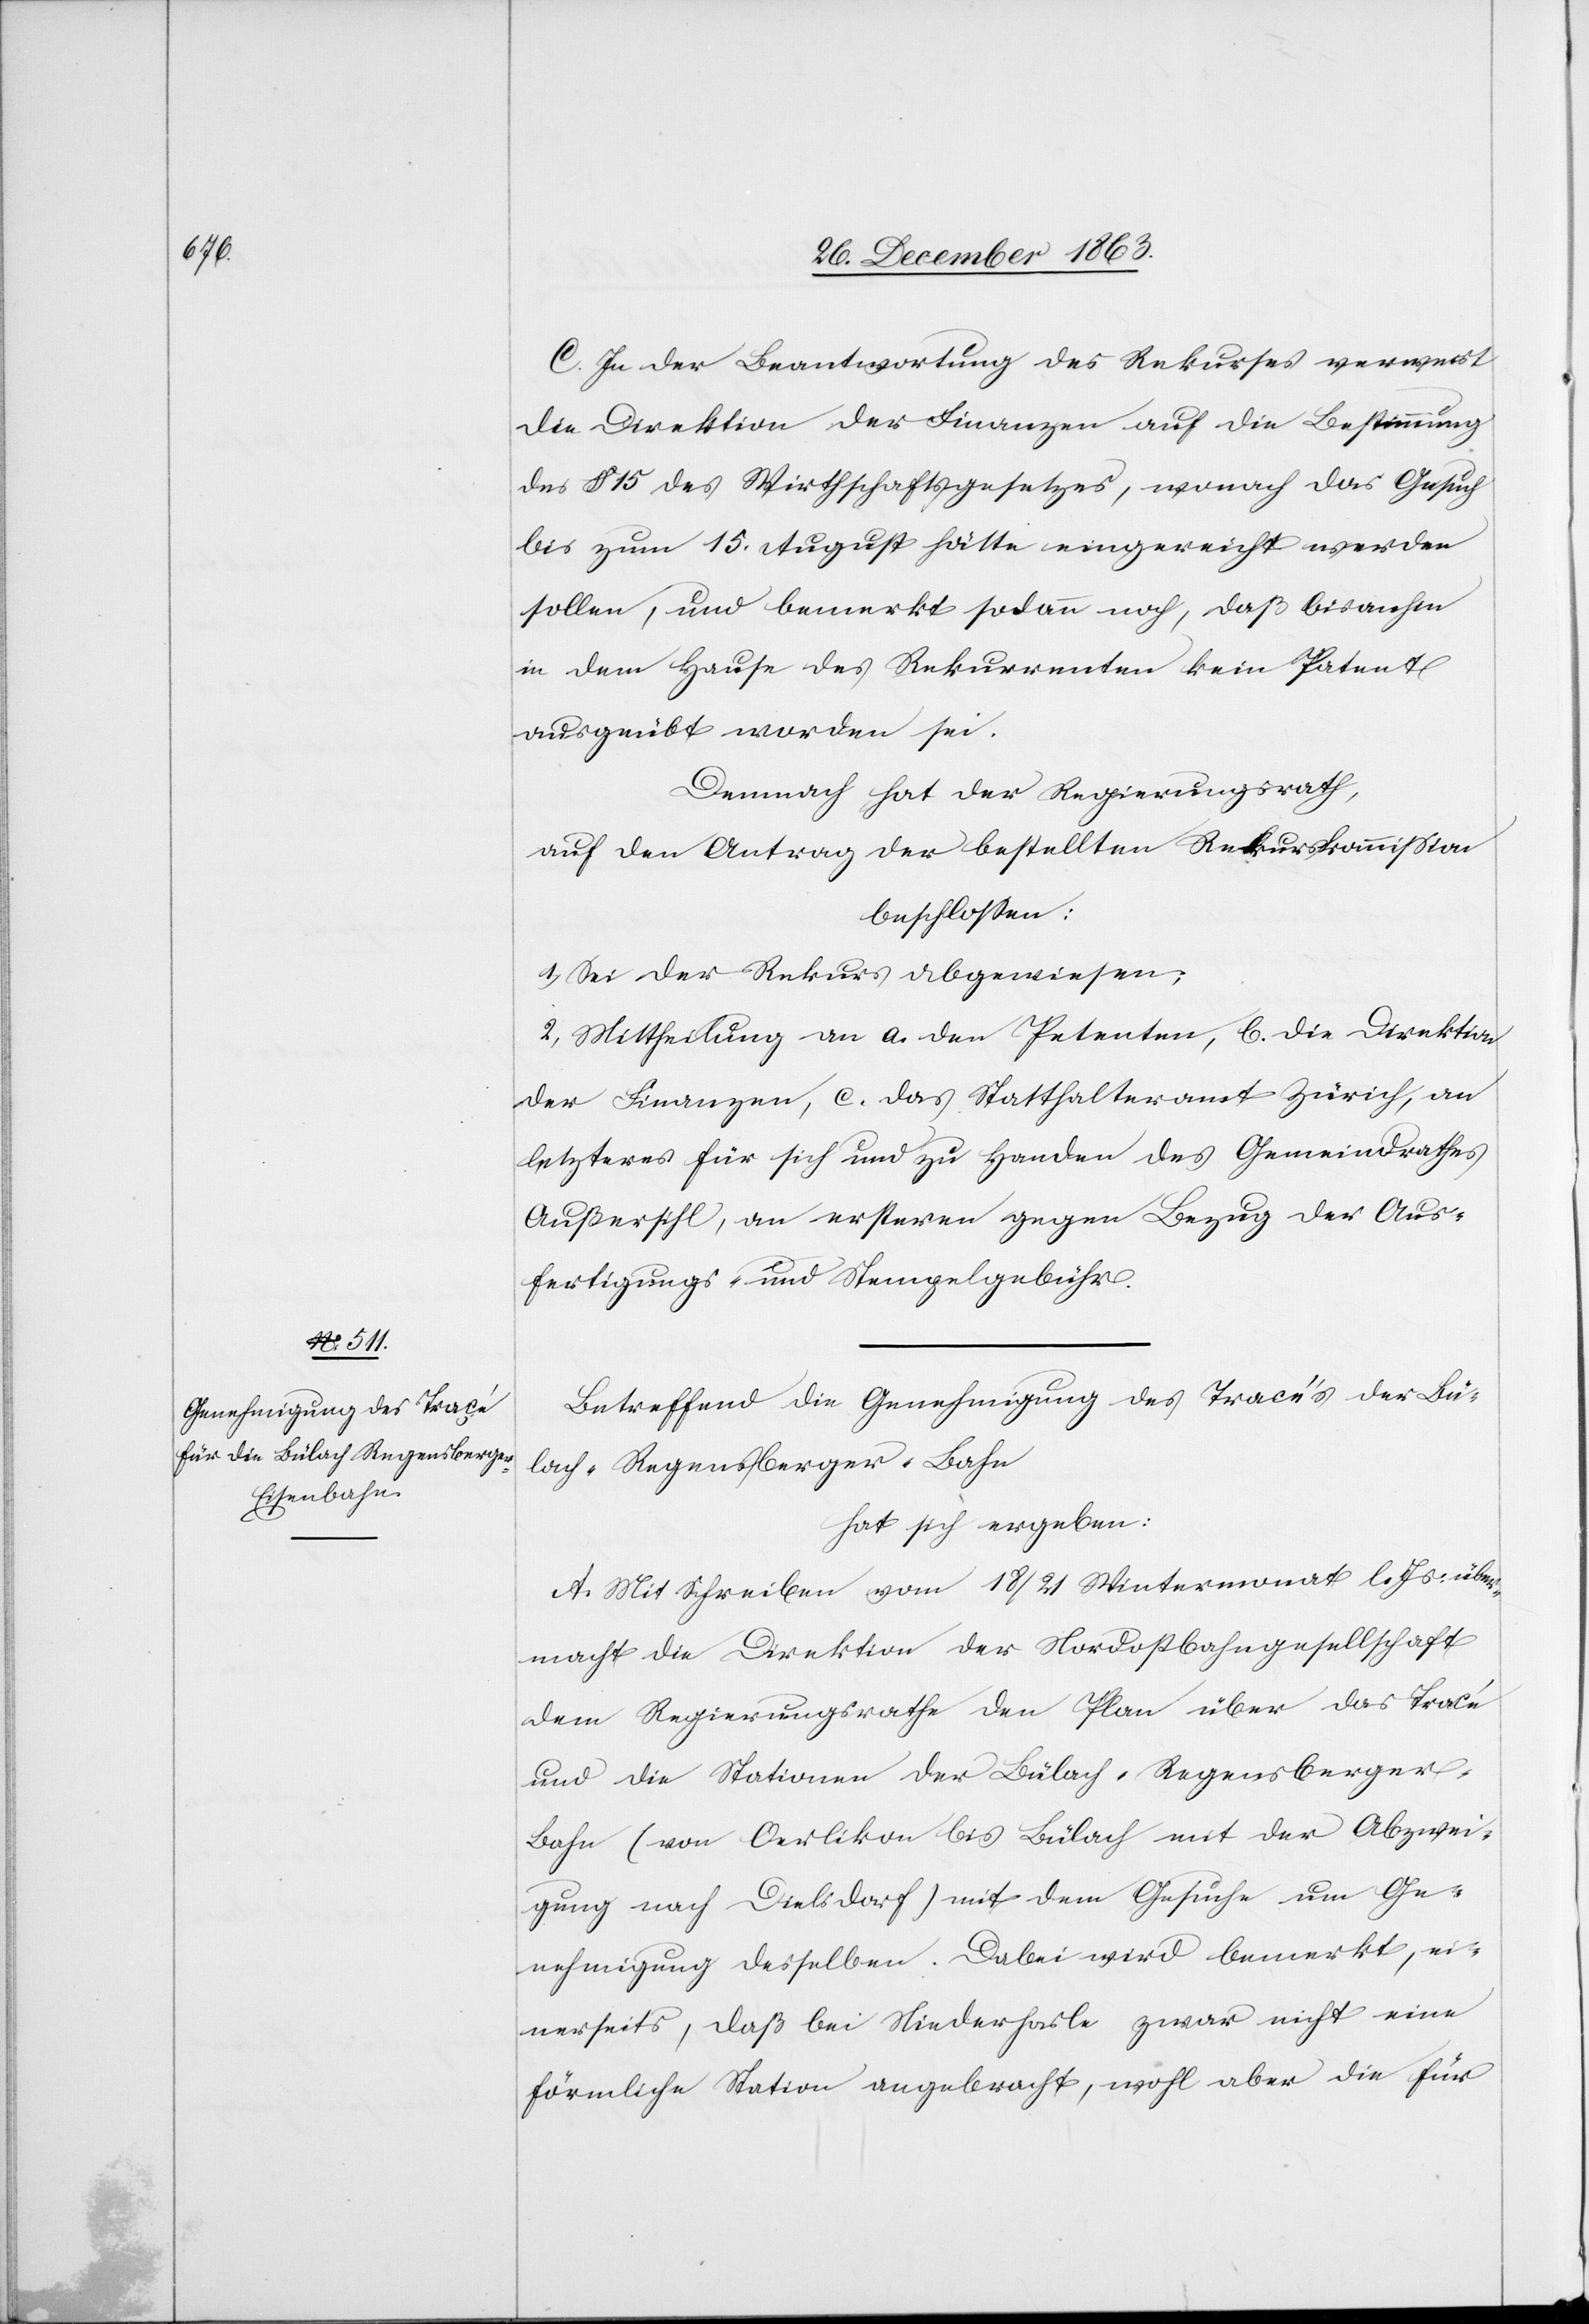
C. In der Beantwortung des Rekurses verweist
die Direktion der Finanzen auf die Bestimmung
des § 15 des Wirthschaftsgesetzes, wonach das Gesuch
bis zum 15. August hätte eingereicht werden
sollen, und bemerkt sodann noch, daß bisanhin
in dem Hause des Rekurrenten kein Patent
ausgeübt worden sei.
Demnach hat der Regierungsrath,
auf den Antrag der bestellten Rekurskommission
beschlossen:
1. Sei der Rekurs angewiesen;
2. Mittheilung an a. den Petenten, b. die Direktion
der Finanzen, c. das Statthalteramt Zürich, an
letzteres für sich und zu Handen des Gemeindrathes
Außersihl, an ersteren gegen Bezug der Aus¬
fertigungs- und Stempelgebühr.
Betreffend die Genehmigung des Tracés der Bü¬
lach–Regensberger-Bahn
hat sich ergeben:
A. Mit Schreiben vom 18/21 Wintermonat l. Js. über¬
macht die Direktion der Nordostbahngesellschaft
dem Regierungsrathe den Plan über das Tracé
und die Stationen der Bülach–Regensberge¬
r-Bahn (von Oerlikon bis Bülach mit der Abzwei¬
gung nach Dielsdorf) mit dem Gesuche um Ge¬
nehmigung desselben. Dabei wird bemerkt, ei¬
nerseits, daß bei Niederhasle [sic!] zwar nicht eine
förmliche Station angebracht, wohl aber die für